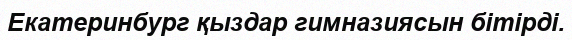
Екатеринбург қыздар гимназиясын бітірді.